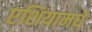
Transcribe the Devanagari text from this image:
एशियामधे